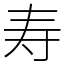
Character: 寿